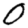
Digit: 0